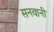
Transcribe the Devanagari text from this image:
सनवानी